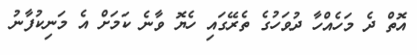
އޮތް ދެ މަހެއްހާ ދުވަހުގެ ތެރޭގައި ހެޔޮ ވާނެ ކަމަށް އެ މަނިކުފާނު